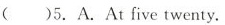
()5.A. At five twenty.